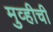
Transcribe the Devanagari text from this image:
मुव्हीची